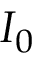
I _ { 0 }